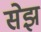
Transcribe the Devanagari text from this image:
सेझ